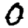
Digit: 0